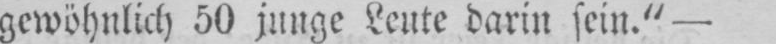
gewöhnlich 50 junge Leute darin sein.“ -